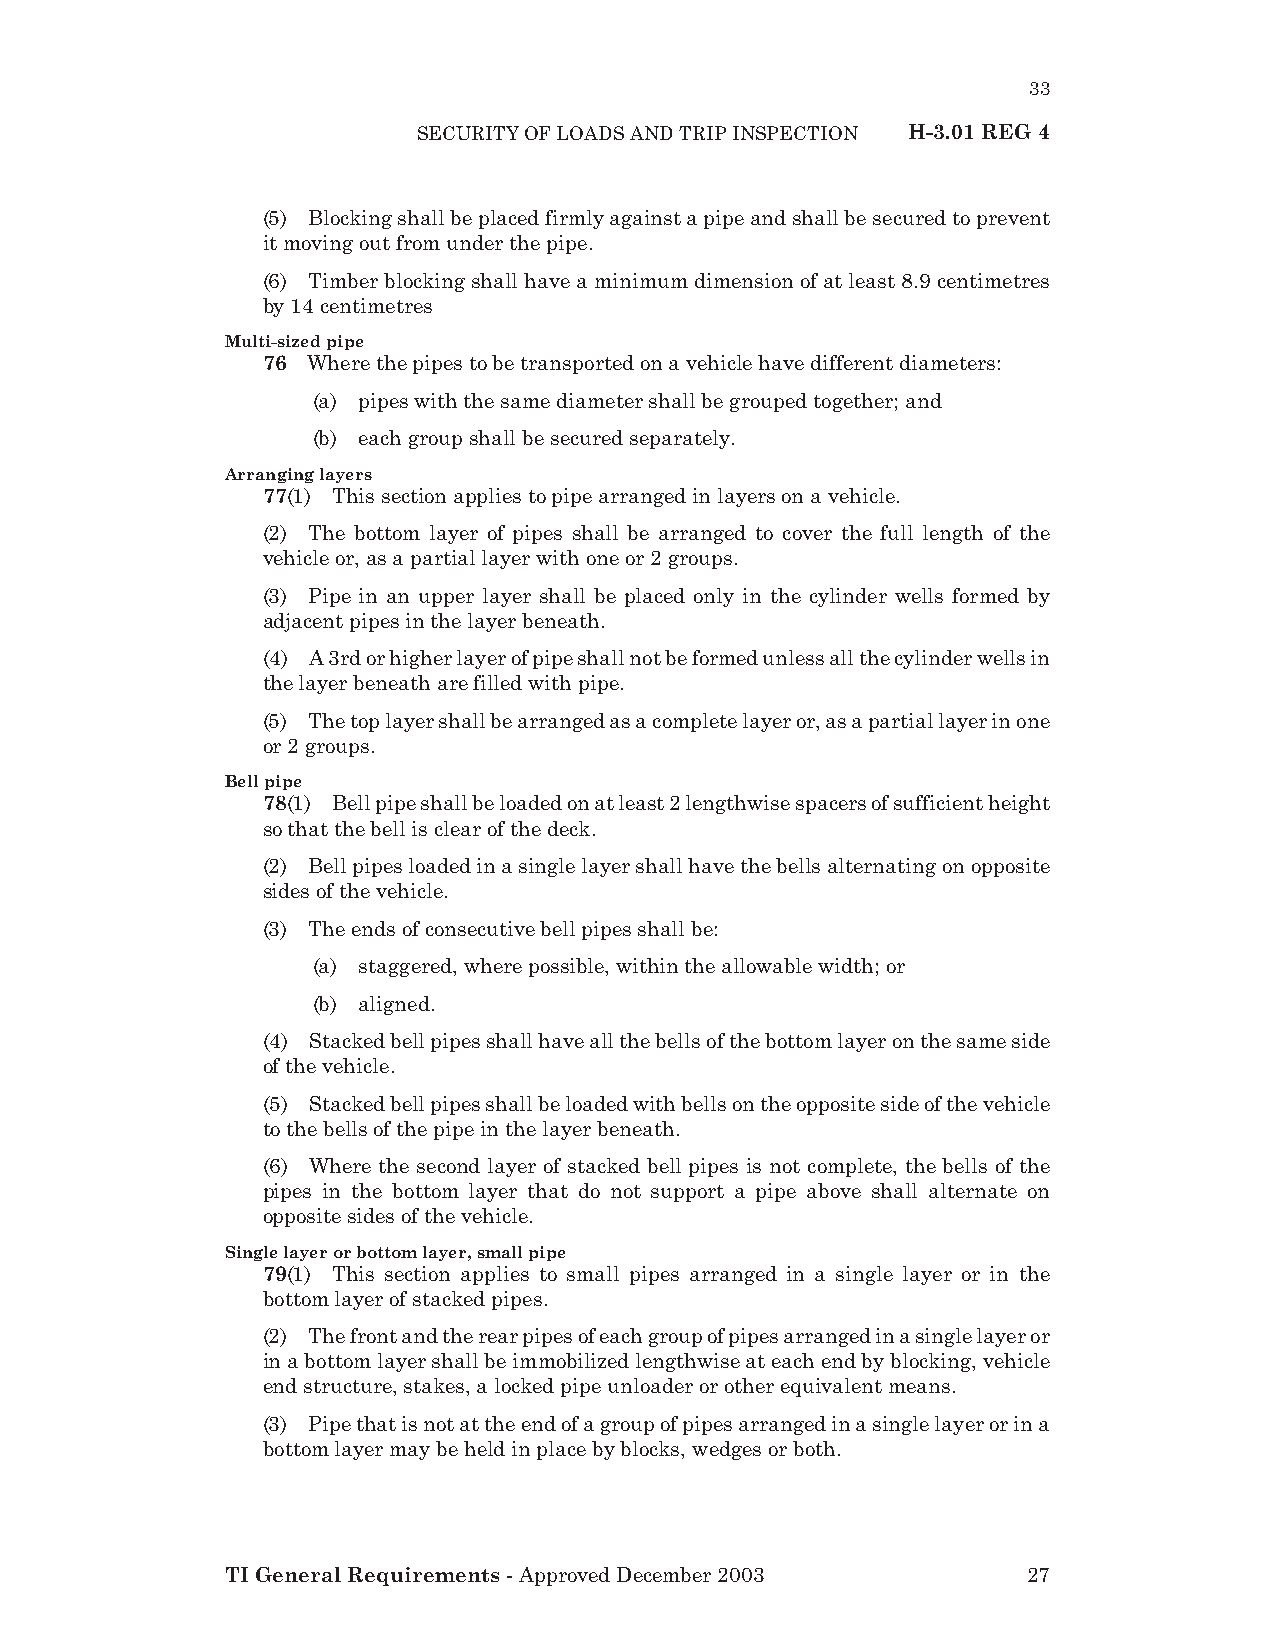
33
 SECURITY OF LOADS AND TRIP INSPECTION H-3.01 REG 4
 (5) Blocking shall be placed firmly against a pipe and shall be secured to prevent
 it moving out from under the pipe.
 (6) Timber blocking shall have a minimum dimension of at least 8.9 centimetres
 by 14 centimetres
 Multi-sized pipe
 76 Where the pipes to be transported on a vehicle have different diameters:
 (a) pipes with the same diameter shall be grouped together; and
 (b) each group shall be secured separately.
 Arranging layers
 77(1) This section applies to pipe arranged in layers on a vehicle.
 (2) The bottom layer of pipes shall be arranged to cover the full length of the
 vehicle or, as a partial layer with one or 2 groups.
 (3) Pipe in an upper layer shall be placed only in the cylinder wells formed by
 adjacent pipes in the layer beneath.
 (4) A 3rd or higher layer of pipe shall not be formed unless all the cylinder wells in
 the layer beneath are filled with pipe.
 (5) The top layer shall be arranged as a complete layer or, as a partial layer in one
 or 2 groups.
 Bell pipe
 78(1) Bell pipe shall be loaded on at least 2 lengthwise spacers of sufficient height
 so that the bell is clear of the deck.
 (2) Bell pipes loaded in a single layer shall have the bells alternating on opposite
 sides of the vehicle.
 (3) The ends of consecutive bell pipes shall be:
 (a) staggered, where possible, within the allowable width; or
 (b) aligned.
 (4) Stacked bell pipes shall have all the bells of the bottom layer on the same side
 of the vehicle.
 (5) Stacked bell pipes shall be loaded with bells on the opposite side of the vehicle
 to the bells of the pipe in the layer beneath.
 (6) Where the second layer of stacked bell pipes is not complete, the bells of the
 pipes in the bottom layer that do not support a pipe above shall alternate on
 opposite sides of the vehicle.
 Single layer or bottom layer, small pipe
 79(1) This section applies to small pipes arranged in a single layer or in the
 bottom layer of stacked pipes.
 (2) The front and the rear pipes of each group of pipes arranged in a single layer or
 in a bottom layer shall be immobilized lengthwise at each end by blocking, vehicle
 end structure, stakes, a locked pipe unloader or other equivalent means.
 (3) Pipe that is not at the end of a group of pipes arranged in a single layer or in a
 bottom layer may be held in place by blocks, wedges or both.
 TI General Requirements - Approved December 2003     27